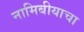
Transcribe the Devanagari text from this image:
नामिबीयाचा